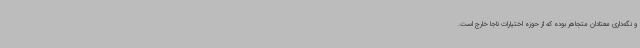
و نگه‌داری معتادان متجاهر بوده که از حوزه اختیارات ناجا خارج است.